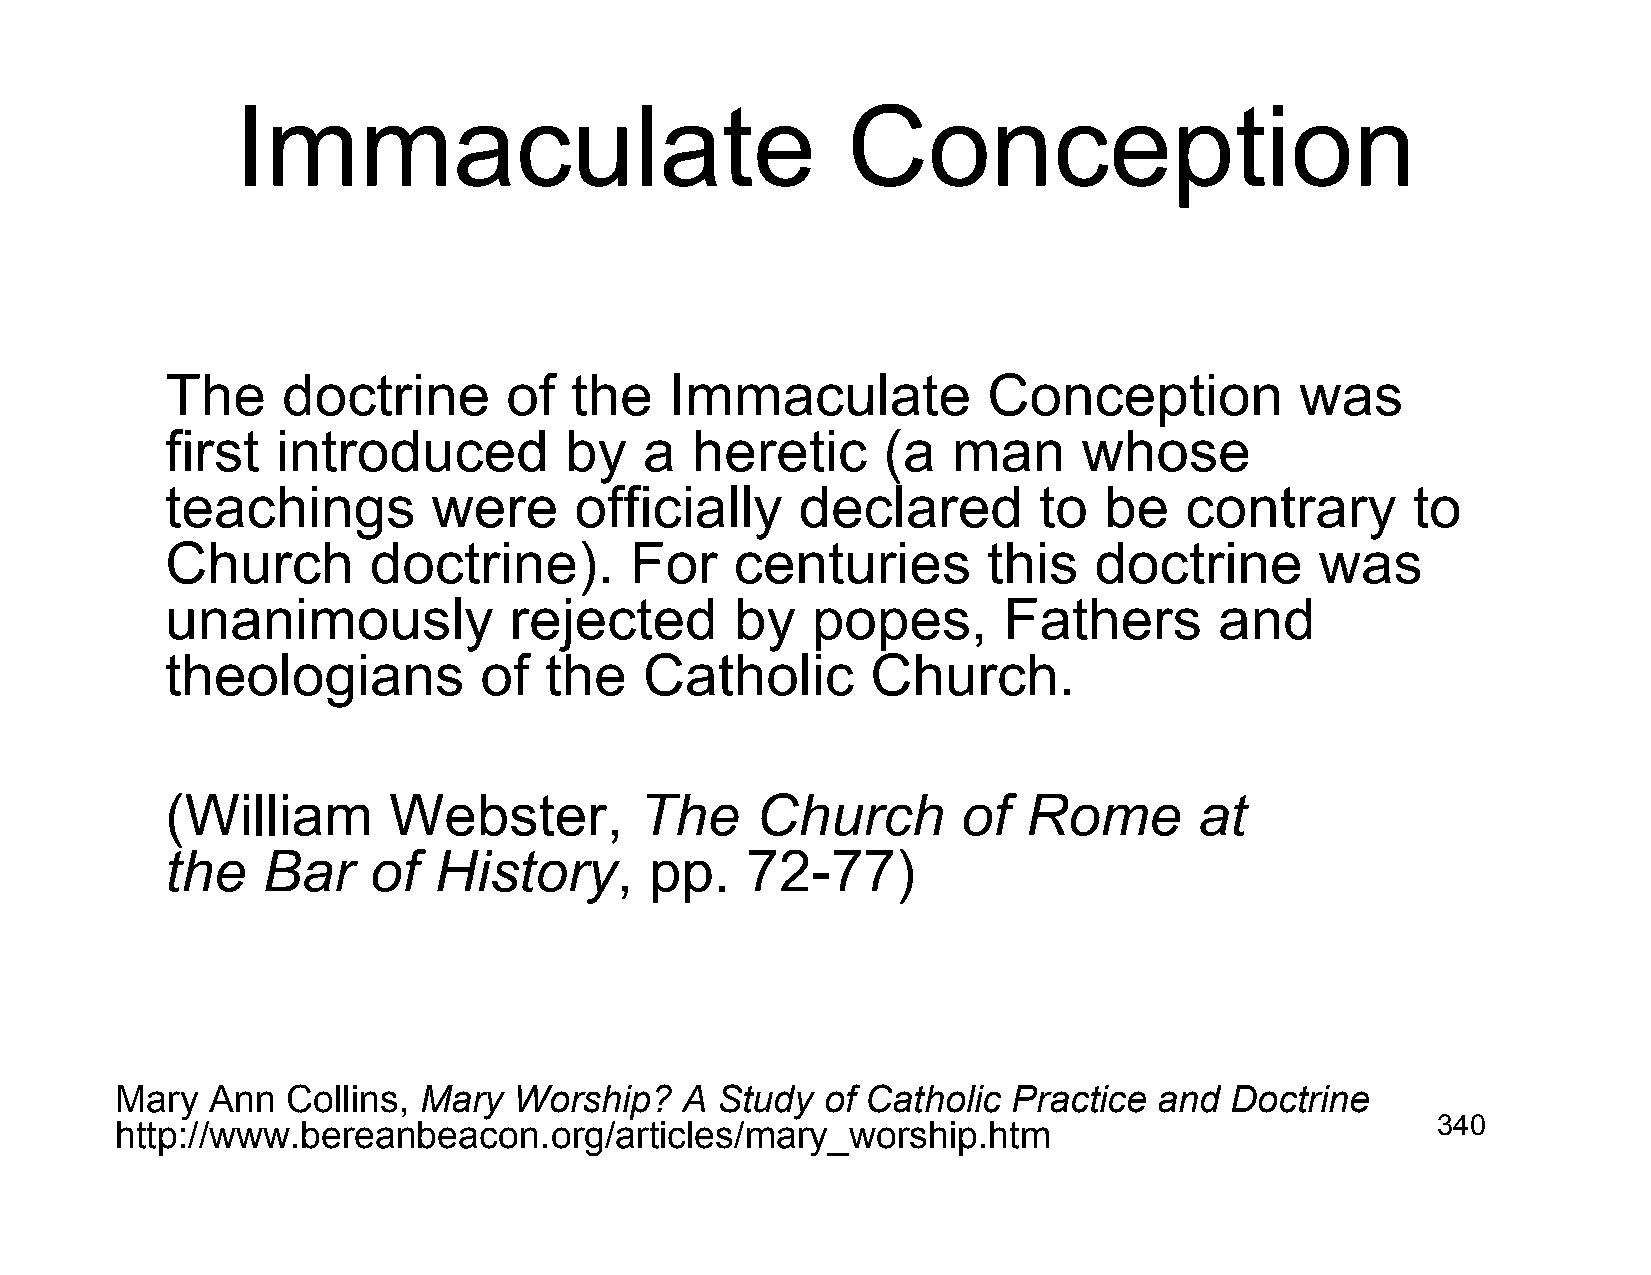
Immaculate                              Conception
 The     doctrine       of  the   Immaculate           Conception           was
 first  introduced         by    a  heretic     (a   man      whose
 teachings         were     officially     declared        to  be   contrary       to
 Church       doctrine).        For    centuries       this   doctrine       was
 unanimously            rejected       by   popes,      Fathers        and
 theologians          of  the    Catholic       Church.
 (William       Webster,        The     Church        of  Rome       at
 the   Bar    of   History,      pp.   72-77)
 Mary  Ann  Collins, Mary  Worship?   A Study   of Catholic Practice  and Doctrine
 http://www.bereanbeacon.org/articles/mary_worship.htm                                  340